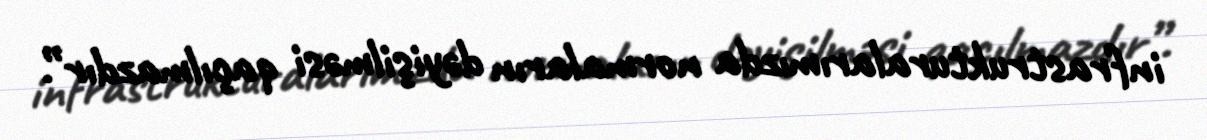
infrastrukturalarımızda normaların dəyişilməsi qaçılmazdır”.